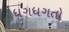
ધગધગતો